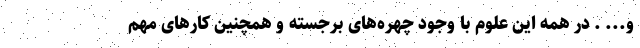
و... . در همه این علوم با وجود چهره‌های برجسته و همچنین کارهای مهم